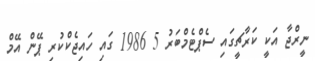
ނީރްޖާ އަކީ ކަރާޗީގައި ސެޕްޓެމްބަރު 5 1986 ގައި ހައިޖެކްކުރި ޕޭން އޭމް